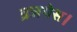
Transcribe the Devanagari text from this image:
ब्रजयेस।